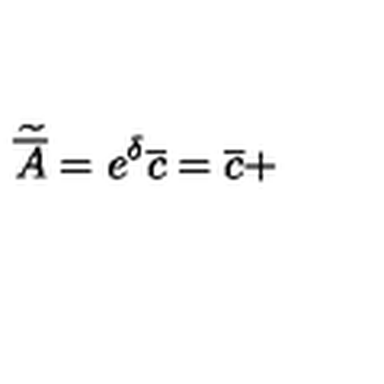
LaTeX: \widetilde { \overline { { A } } } = e ^ { \delta } \overline { { c } } = \overline { { c } } +